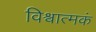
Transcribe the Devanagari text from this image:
विश्वात्मकं